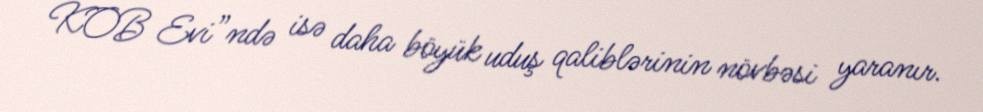
KOB Evi”ndə isə daha böyük uduş qaliblərinin növbəsi yaranır.